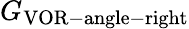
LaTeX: G_{\mathrm{VOR-angle-right}}